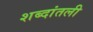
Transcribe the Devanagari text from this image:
शब्दांतली